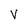
Character: V